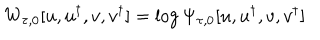
W _ { \tau , 0 } [ u , u ^ { \dagger } , { v } , { v } ^ { \dagger } ] = \log \Psi _ { \tau , 0 } [ u , u ^ { \dagger } , { v } , { v } ^ { \dagger } ]